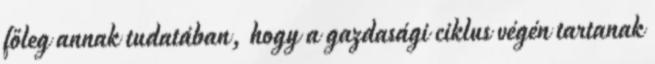
főleg annak tudatában, hogy a gazdasági ciklus végén tartanak